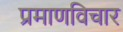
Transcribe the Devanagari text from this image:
प्रमाणविचार